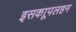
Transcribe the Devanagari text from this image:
इसकाूपलहन